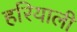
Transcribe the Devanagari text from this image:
हरियाली